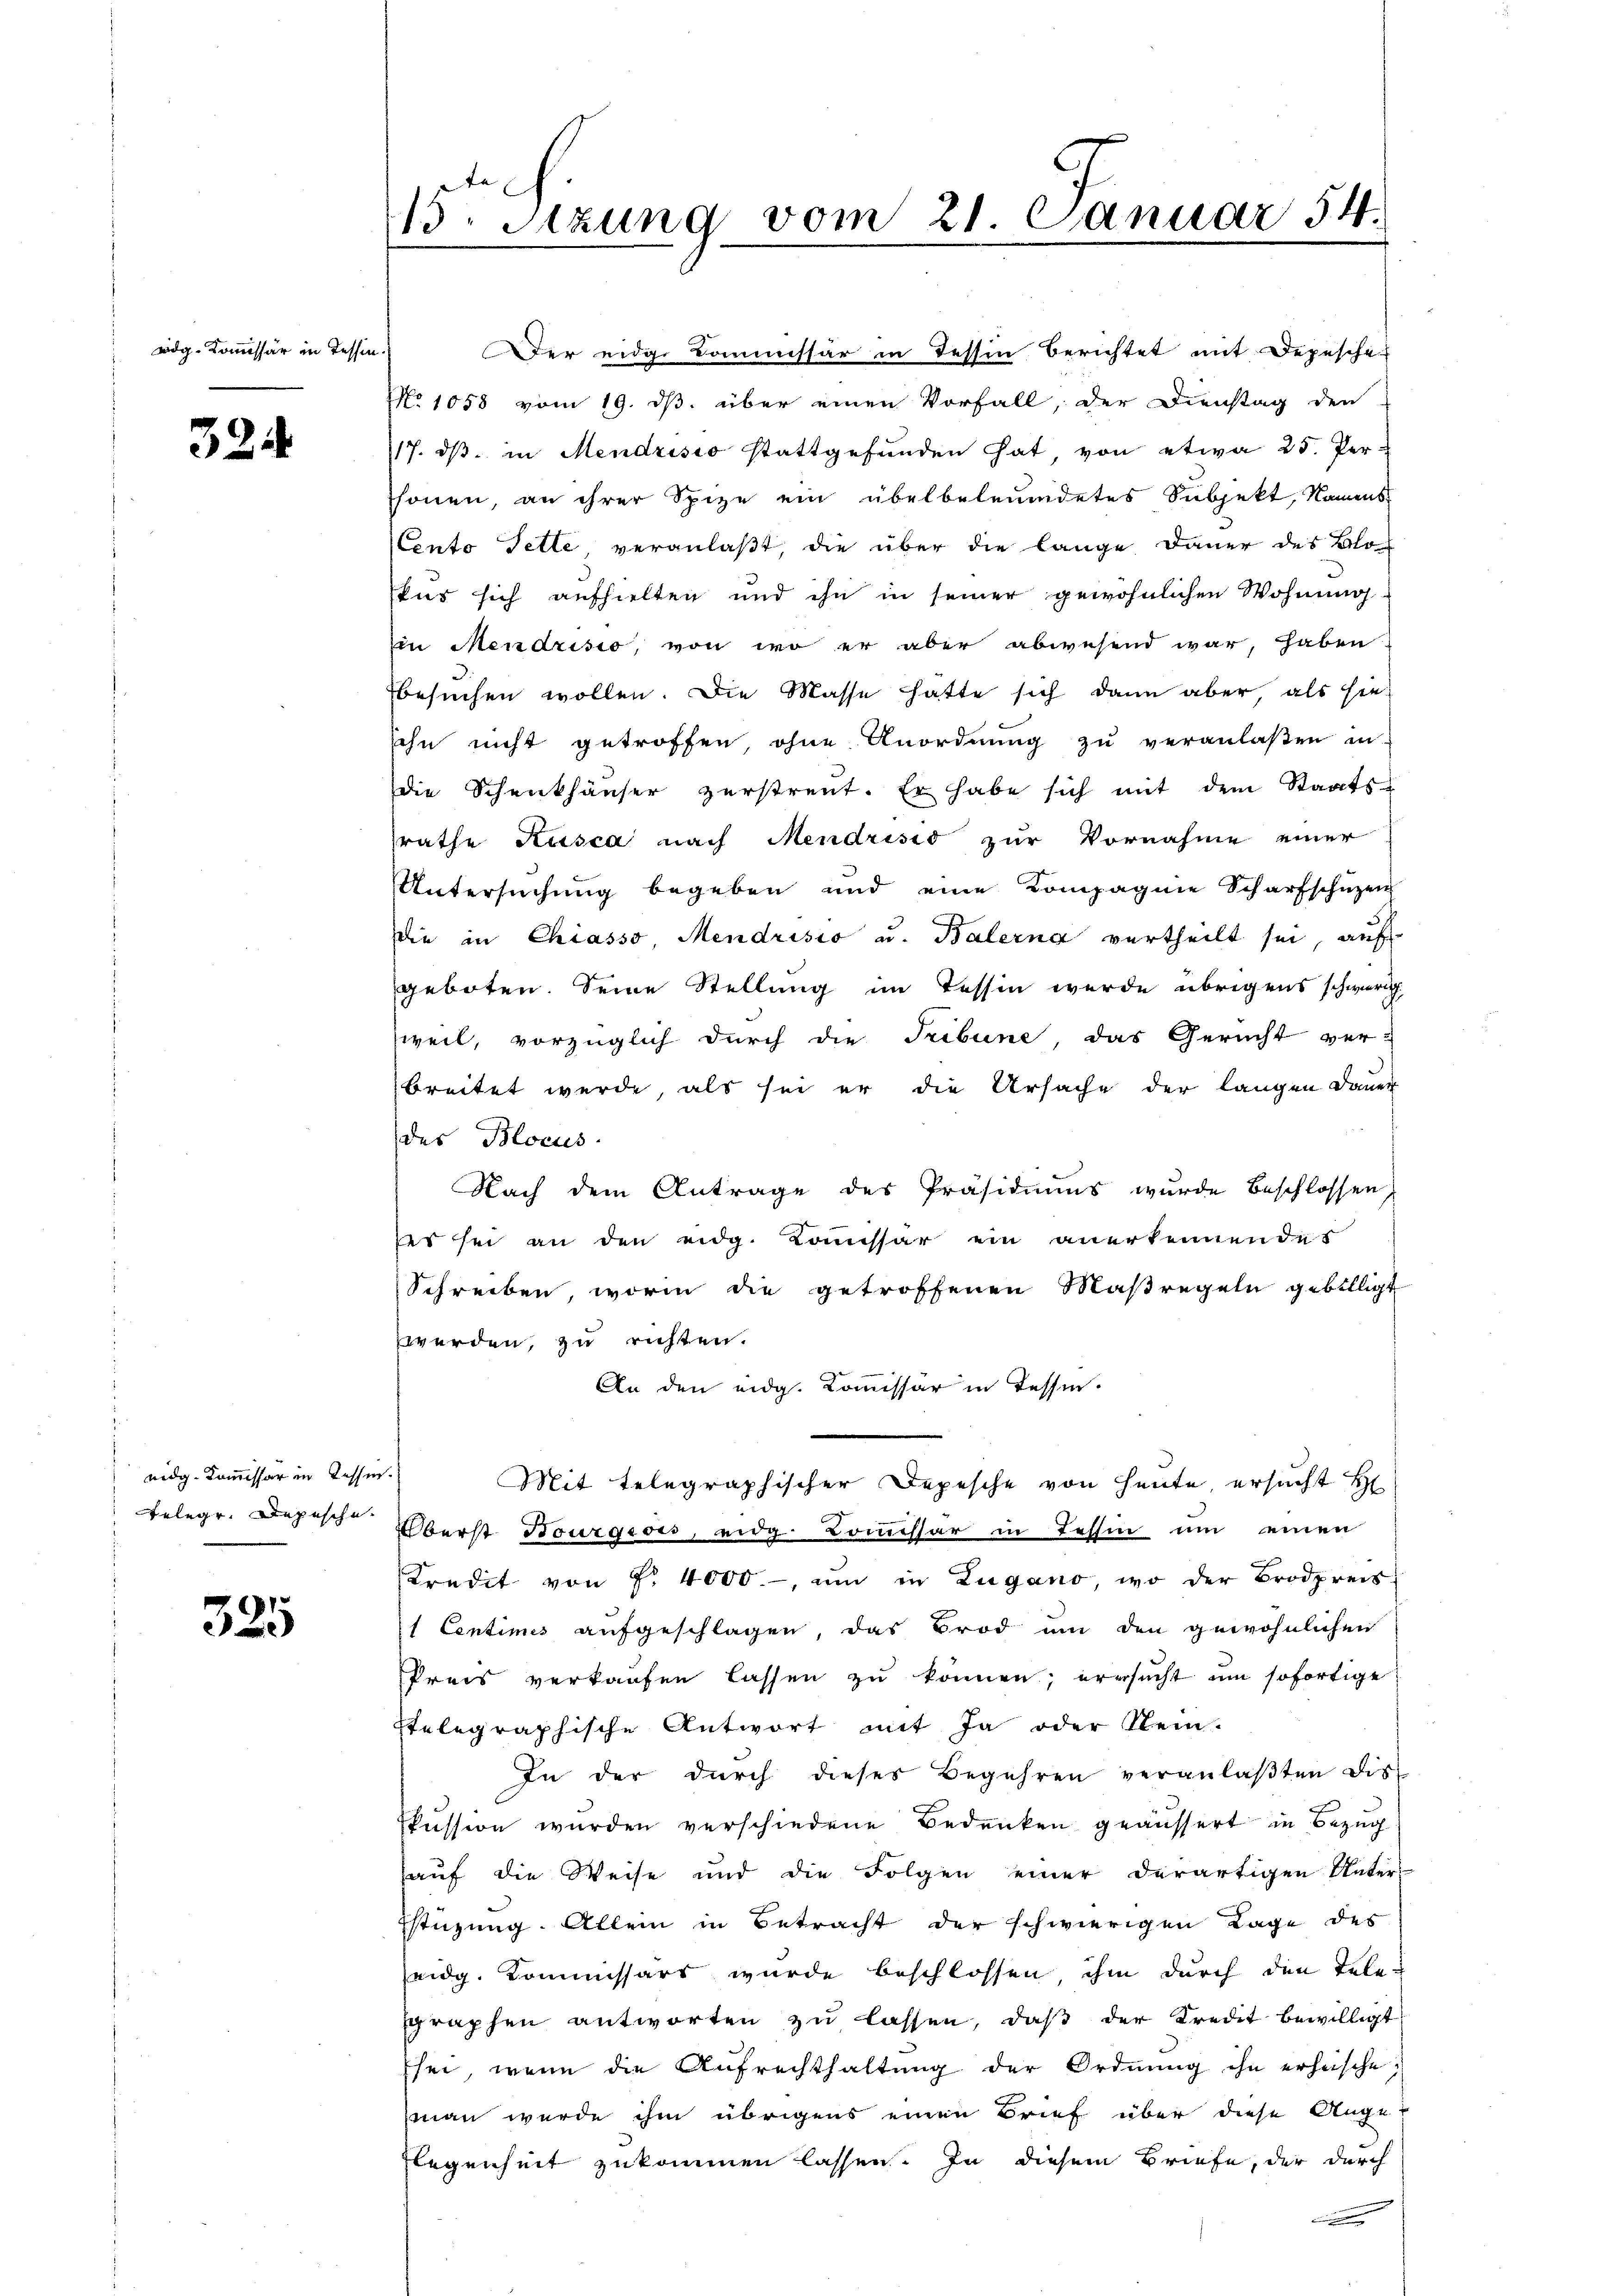
wdg-Kommissär in Tessin.

324

Der eidg. Commissär in Tessin berichtet mit Depesche
No 1058 vom 19. ds. über einen Vorfall, der Dienstag den
117. ds. in Mendrisio stattgefunden hat von etwa 25. Per-
honen, an ihrer Spize ein überbeleumdetes Subjekt, Namens
(Cento Fette, veranlaßt, die über die lange Dauer des Blo
uus sich aufhielten und ihn in seiner gewöhnlichen Wohnung
in Mendrisio, von wo er aber abwesend war, haben.
besuchen wollen. Die Masse hatte sich dann aber als sie
sohn nicht getroffen, ohne Anordnŭng zŭ veranlaßen in
die Schenkhäuser zerstreut. Er habe sich mit dem Staats-
srathe Kusca nach Mendrisis zur Vornahme einer
Untersuchung begeben und eine Kompagnie Scharfschüzen
Die in Chiasso, Mendrisio u. Balerna vertheilt sei, auf
geboten. Seine Stellung im Tessin werde übrigens schweri
weil, vorzüglich durch die Tribune, das Gericht ver-
breitet wurde, als sei er die Ursache der langen Dauer
des Blocus
Nach dem Antrage des Präsidiums wurde beschlossen,
ser sei an den eidg. Komissar ein anerkennendes
Schreiben, worin die getroffenen Maßregeln gebilligt
zwerden, zu richten.
An den eidg. Kommissär in Tessin.
Mit telegraphischer Depesche von Heute, ersucht H
Überst Bourgion, eidg. Commissär in Tessin um einen
Kredit von f. 4000.-, ŭm in Zugano, wo der Brodpreis
 Centimis aufgeschlagen, das Brod um den gewöhnlichen
Preis verkaufen lassen zu können; ersucht um sofortige
stelegraphische Antwort mit Ja oder Rein-
In der durch dieses Begehren veranlaβten Dis-
skussion wurden verschiedene Bedenken geäussert in Bezug
auf die Weise und die Folgen einer derartigen Unter-
Estüzung. Allein in Betracht der schwierigen Lage des
eidg. Kommissärs wurde beschlossen, ihm durch den Telen
graphen antworten zu lassen, daß der Kredit bewilligt
sei, wenn die Aufrechthaltŭng der Ordnŭng ihn erheische¬
(man wurde ihm übrigens einen Brief über diese Auge-
legenheit zukommen lassen. In diesem Briefe, der durch
e

eidg. Kommissär in Tessin.
Belege. Depesche¬

325

15. Sitzung vom 21. Januar 54.